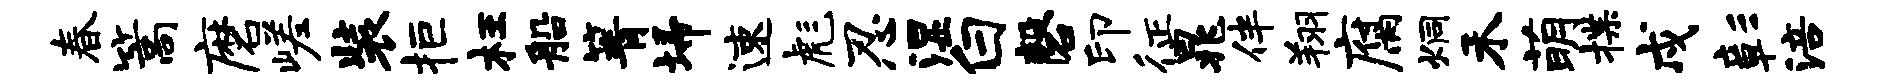
春篙磨嵯装拒枉船箐埽速彪忍湿白磬印征晁伴翔腐炯禾萌揲戍彰涪